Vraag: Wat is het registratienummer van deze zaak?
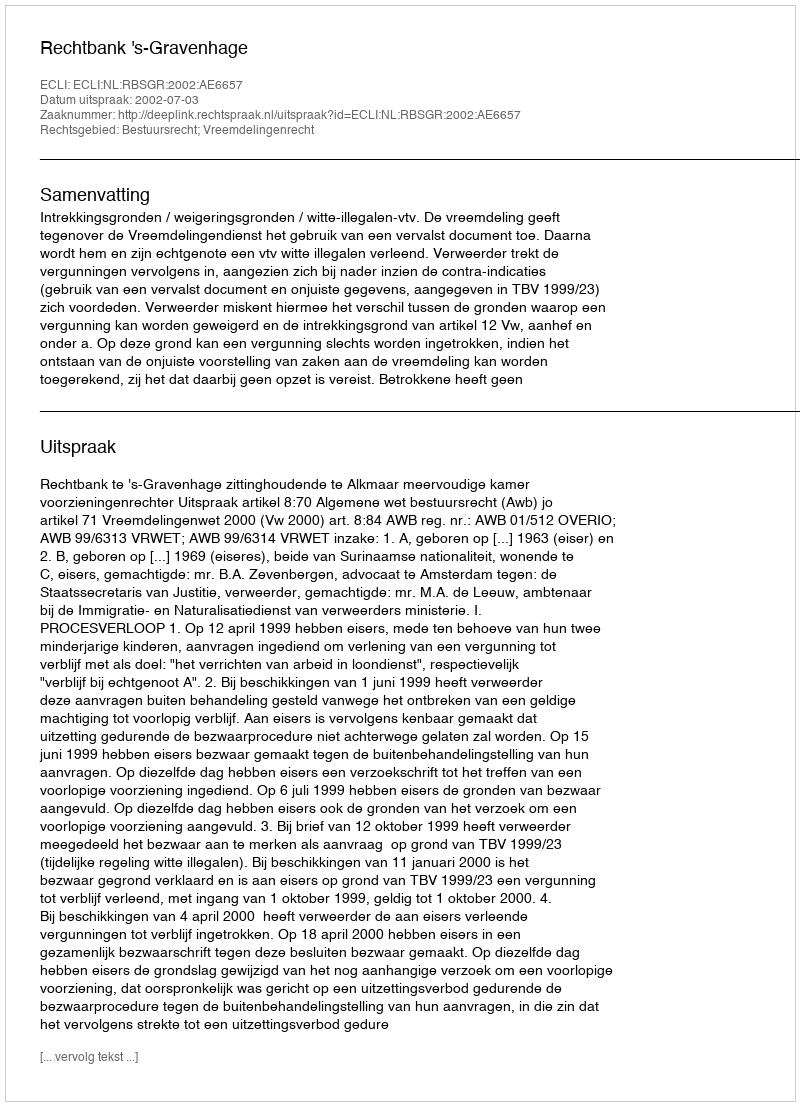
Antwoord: http://deeplink.rechtspraak.nl/uitspraak?id=ECLI:NL:RBSGR:2002:AE6657